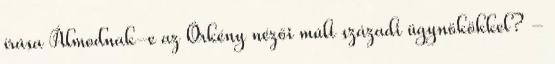
írása Álmodnak-e az Örkény nézői múlt századi ügynökökkel? -